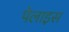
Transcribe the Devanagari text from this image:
पेलाइस